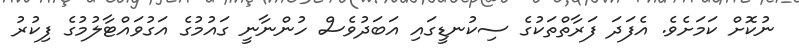
ނުކޮށް ކަމަށެވެ. އެފަދަ ފަރާތްތަކުގެ ސިކުނޑީގައި އަބަދުވެސް ހުންނާނީ ގައުމުގެ އަގުވައްޓާލުމުގެ ފިކުރު